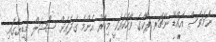
ނަމަވެސް އައްޑޫ ނޭޗަރ ޕާކްގެ ވާހަކައަކީ މިހާރު އެންމެ ގަދައަށް ސޯޝަލް މީޑިޔާގައި